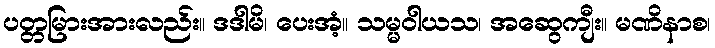
ပတ္တမြားအားလည်း။ ဒဒါမိ၊ ပေးအံ့။ သမ္မဝါယသ၊ အဆွေကျီး။ မဏိနာစ၊